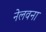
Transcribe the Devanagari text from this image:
नेलवना